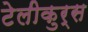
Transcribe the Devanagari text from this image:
टेलीकुर्स